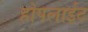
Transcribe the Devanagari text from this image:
होपलाईट